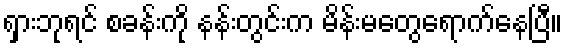
ရှားဘုရင် စခန်းကို နန်းတွင်းက မိန်းမတွေရောက်နေပြီ။